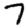
Digit: 7